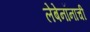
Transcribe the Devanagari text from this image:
लेबेनॉनाची